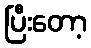
ပြီးတော့